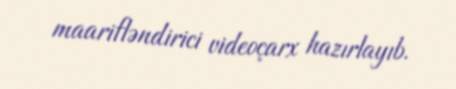
maarifləndirici videoçarx hazırlayıb.